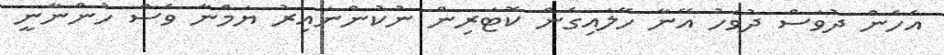
އެހެން ދުވަސް ދުވަހު އޭނާ ހޭލައިގެން ކޮޓަރިން ނުކުންނައިރު ޔަމްނާ ވެސް ހުންނާނީ